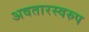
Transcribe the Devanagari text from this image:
अवतारस्वरुप